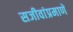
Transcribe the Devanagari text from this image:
सजीवांप्रमाणे